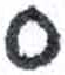
אות: ס